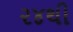
૨૪થી